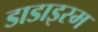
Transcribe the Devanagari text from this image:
डाडाइस्म